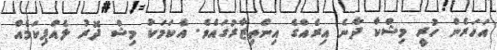
އަހަރެން ހުރީ މިޝްކާ ދާނެ އިރެއްގެ އިންތިޒާރުގައެވެ. އެކަމަކު މިޝް ދޮރު ލެއްޕިކަމެއް